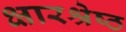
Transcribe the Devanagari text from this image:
क्षारश्रेष्ठ